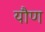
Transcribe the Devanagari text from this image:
यौण